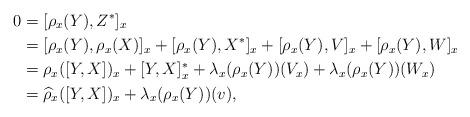
LaTeX: \begin{align*} 0 &= [\rho_x(Y), Z^*]_x \\ &= [\rho_x(Y), \rho_x(X)]_x + [\rho_x(Y), X^*]_x + [\rho_x(Y), V]_x + [\rho_x(Y), W]_x \\ &= \rho_x([Y,X])_x + [Y,X]^*_x + \lambda_x(\rho_x(Y))(V_x) + \lambda_x(\rho_x(Y))(W_x) \\ &= \widehat{\rho}_x([Y,X])_x + \lambda_x(\rho_x(Y))(v), \end{align*}